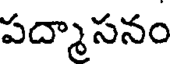
పద్మాసనం